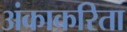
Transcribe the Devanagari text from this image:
अंकाकरिता